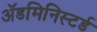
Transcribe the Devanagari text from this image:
ॲडमिनिस्टर्ड